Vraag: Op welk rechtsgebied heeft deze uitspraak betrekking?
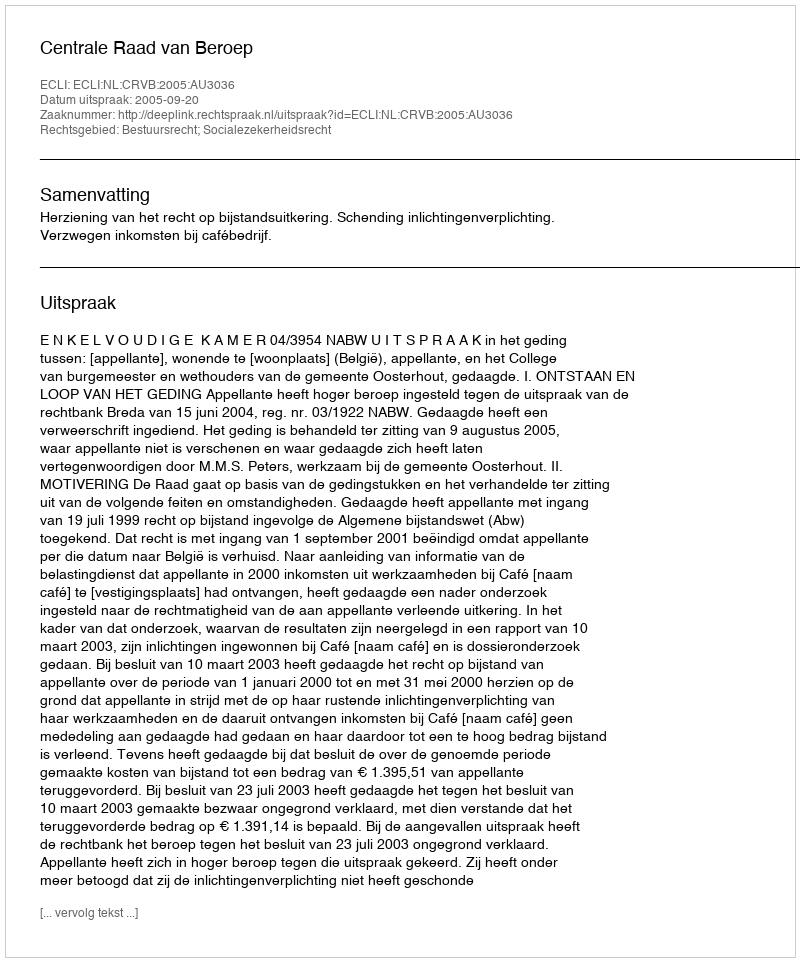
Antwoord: Bestuursrecht; Socialezekerheidsrecht